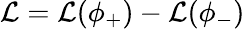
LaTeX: {\cal L}={\cal L}(\phi_{+})-{\cal L}(\phi_{-})